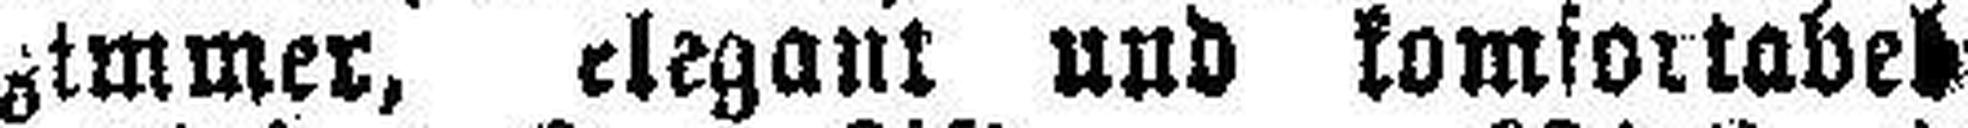
zimmer, elegant und komfortabel